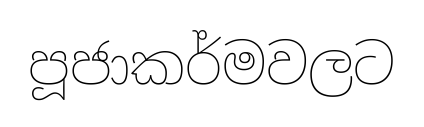
පූජාකර්මවලට